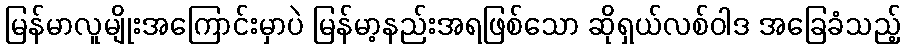
မြန်မာလူမျိုးအကြောင်းမှာပဲ မြန်မာ့နည်းအရဖြစ်သော ဆိုရှယ်လစ်ဝါဒ အခြေခံသည့်